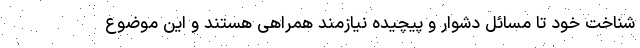
شناخت خود تا مسائل دشوار و پیچیده نیازمند همراهی هستند و این موضوع